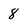
Character: 8